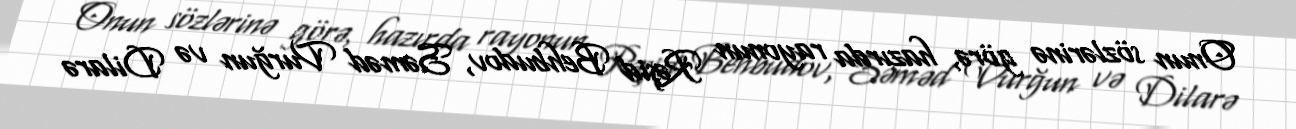
Onun sözlərinə görə, hazırda rayonun Rəşid Behbudov, Səməd Vurğun və Dilarə